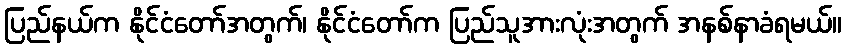
ပြည်နယ်က နိုင်ငံတော်အတွက်၊ နိုင်ငံတော်က ပြည်သူအားလုံးအတွက် အနစ်နာခံရမယ်။